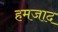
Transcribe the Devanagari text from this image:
हमजाद